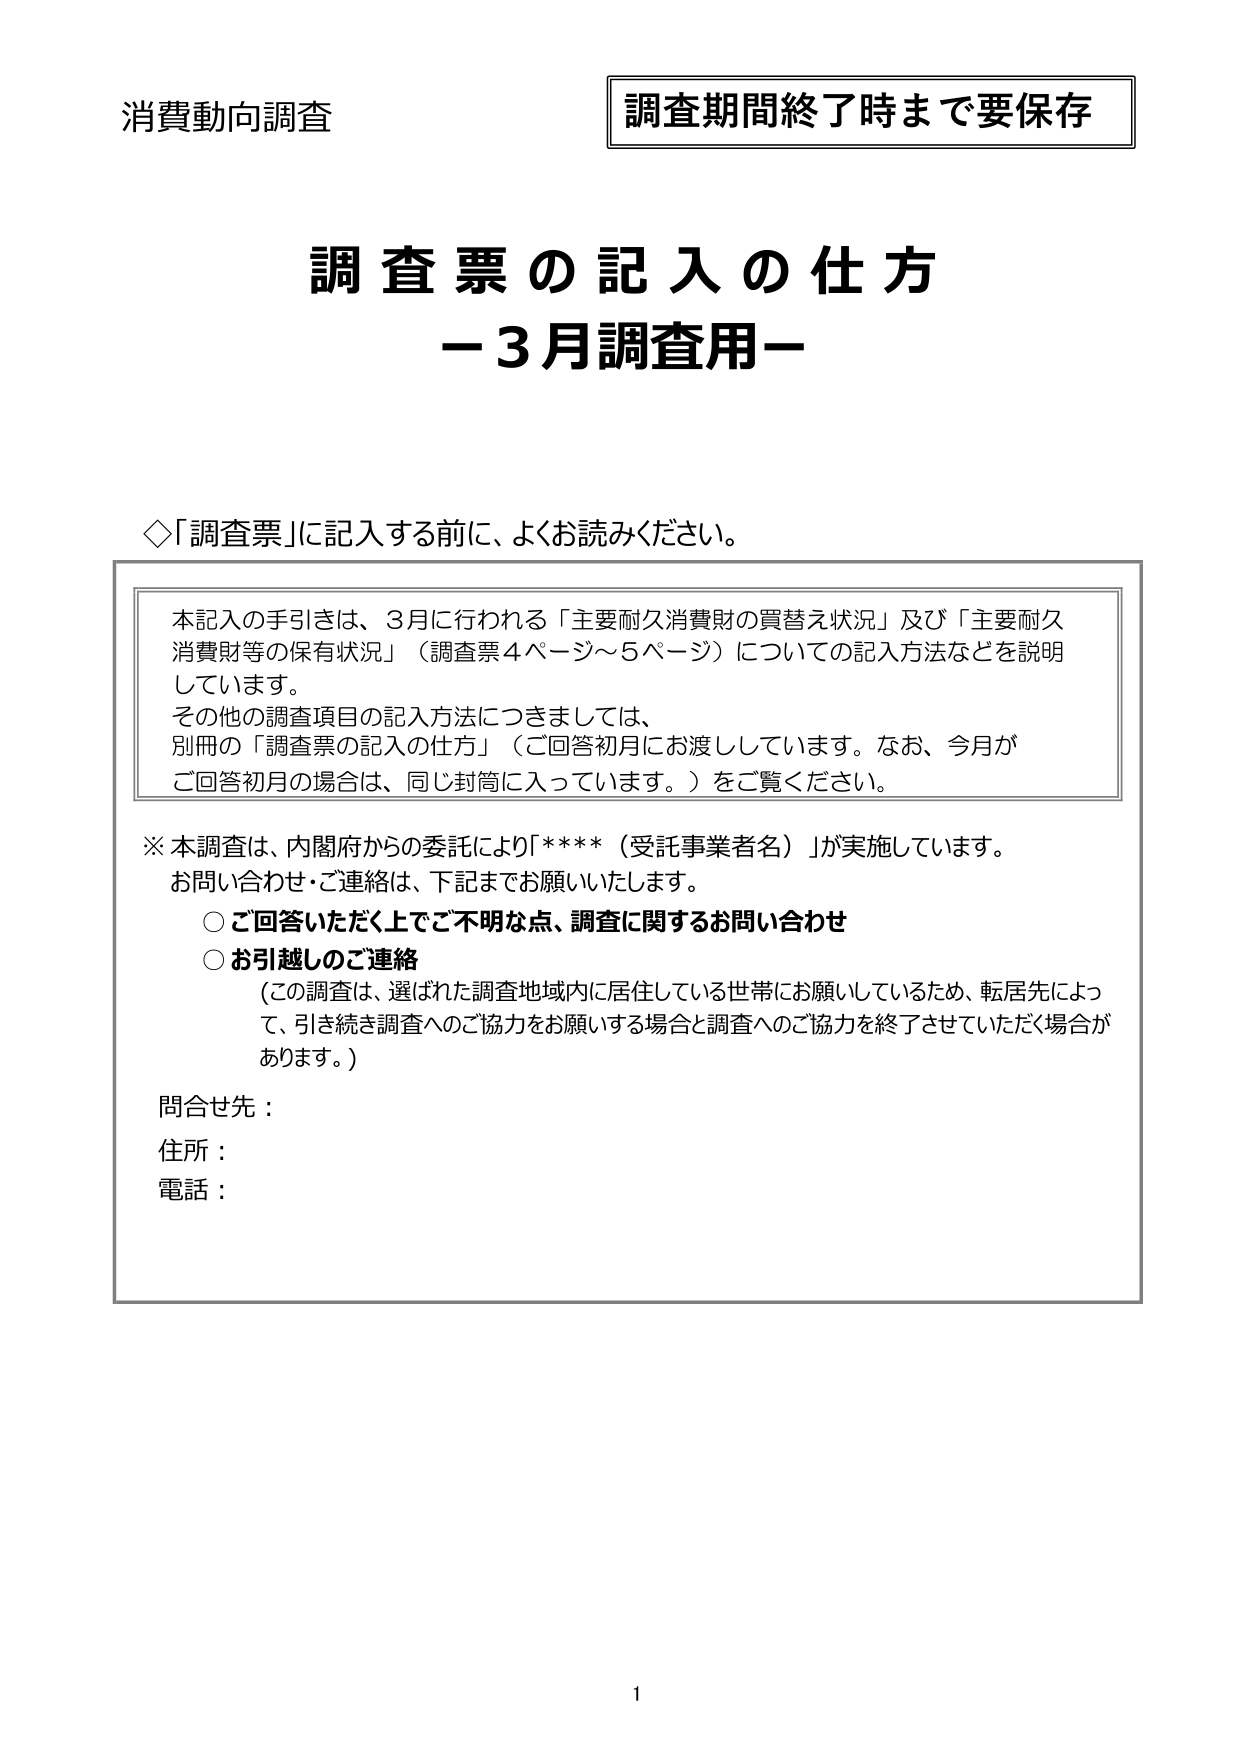
消費動向調査
調査期間終了時まで要保存

調査票の記入の仕方
－3月調査用－

◇「調査票」に記入する前に、よくお読みください。

本記入の手引きは、3月に行われる「主要耐久消費財の買替え状況」及び「主要耐久消費財等の保有状況」（調査票4ページ～5ページ）についての記入方法などを説明しています。
その他の調査項目の記入方法につきましては、
別冊の「調査票の記入の仕方」（ご回答初月にお渡ししています。なお、今月がご回答初月の場合は、同じ封筒に入っています。）をご覧ください。

※本調査は、内閣府からの委託により「****（受託事業者名）」が実施しています。
お問い合わせ・ご連絡は、下記までお願いいたします。
○ご回答いただく上でご不明な点、調査に関するお問い合わせ
○お引越しのご連絡
（この調査は、選ばれた調査地域内に居住している世帯にお願いしているため、転居先によって、引き続き調査へのご協力をお願いする場合と調査へのご協力を終了させていただく場合があります。）

問合せ先：
住所：
電話：

1